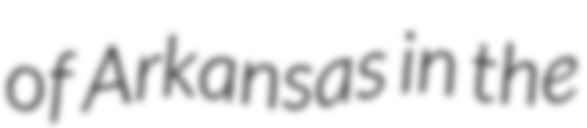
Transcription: of Arkansas in the